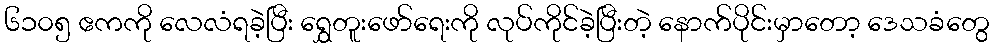
၆၁၀၅ ဧကကို လေလံရခဲ့ပြီး ရွှေတူးဖော်ရေးကို လုပ်ကိုင်ခဲ့ပြီးတဲ့ နောက်ပိုင်းမှာတော့ ဒေသခံတွေ